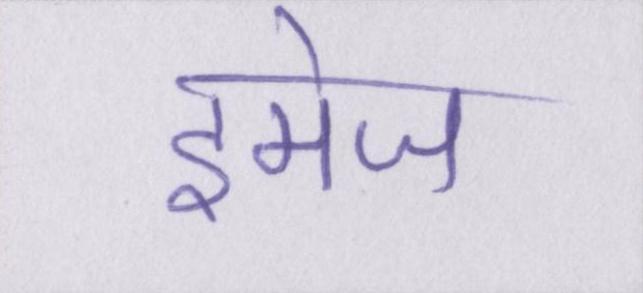
इमेज